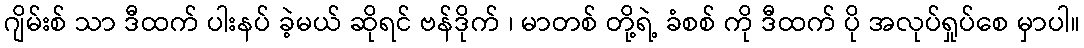
ဂျိမ်းစ် သာ ဒီထက် ပါးနပ် ခဲ့မယ် ဆိုရင် ဗန်ဒိုက် ၊ မာတစ် တို့ရဲ့ ခံစစ် ကို ဒီထက် ပို အလုပ်ရှုပ်စေ မှာပါ။